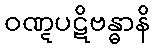
ဝဏ္ဋပဋိဗန္ဓာနိ